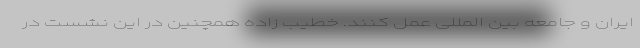
ایران و جامعه بین المللی عمل کنند. خطیب زاده همچنین در این نشست در